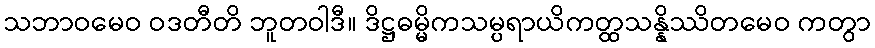
သဘာဝမေဝ ဝဒတီတိ ဘူတဝါဒီ။ ဒိဋ္ဌဓမ္မိကသမ္ပရာယိကတ္ထသန္နိဿိတမေဝ ကတွာ